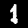
Digit: 1